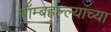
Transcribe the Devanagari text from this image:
बॉम्बहल्ल्याच्या